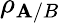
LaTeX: \rho_{\mathbf{A}/B}